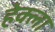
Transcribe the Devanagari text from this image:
हेक्ला